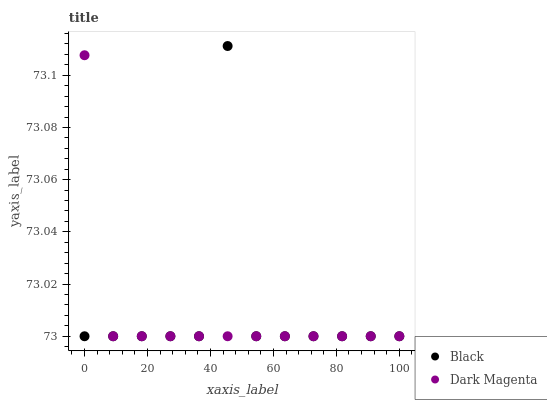
| xaxis_label | Black | Dark Magenta |
 | --- | --- | --- |
 | 0 | 73 | 73.1 |
 | 9.09 | 73 | 73 |
 | 18.2 | 73 | 73 |
 | 27.3 | 73 | 73 |
 | 36.4 | 73 | 73 |
 | 45.5 | 73.1 | 73 |
 | 54.5 | 73 | 73 |
 | 63.6 | 73 | 73 |
 | 72.7 | 73 | 73 |
 | 81.8 | 73 | 73 |
 | 90.9 | 73 | 73 |
 | 100 | 73 | 73 |